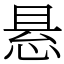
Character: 悬